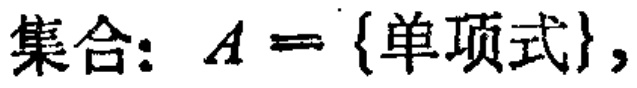
集合：$A = \{单项式\}$